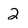
Character: 2